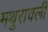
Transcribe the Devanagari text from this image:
मथुरावली